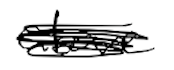
Text: above
Cross-out: scratch
Writing tool: digital_black